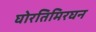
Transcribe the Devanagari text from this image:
घोरतिमिरघन